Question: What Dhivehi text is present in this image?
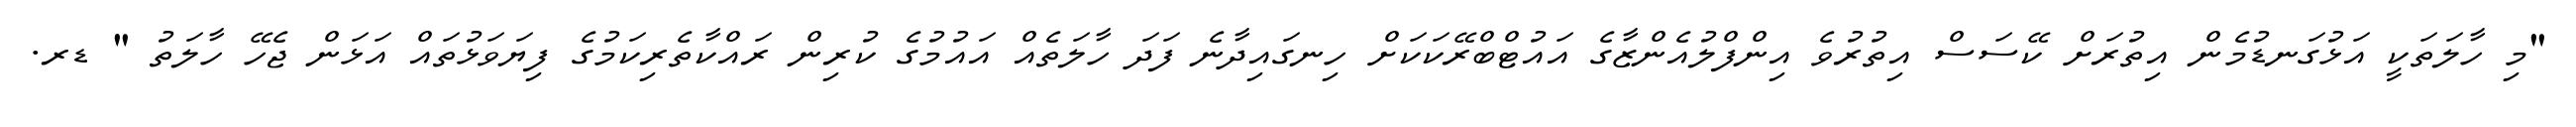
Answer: "މި ހާލަތަކީ އަޅުގަނޑުމެން އިތުރަށް ކޭސަސް އިތުރުވެ އިންފްލުއެންޒާގެ އައުޓްބްރޭކަކަށް ހިނގައިދާނެ ފަދަ ހާލަތެއް އައުމުގެ ކުރިން ރައްކާތެރިކަމުގެ ފިޔަވަޅުތައް އަޅަން ޖެހޭ ހާލަތު " ޑރ.